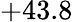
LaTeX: +43.8